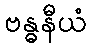
ဗန္ဓနီယံ